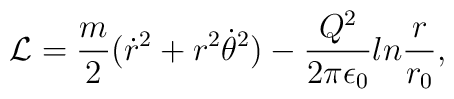
{\cal L}={m\over 2}(\dot r^2+r^2\dot\theta^2)-{{Q^2}\over{2\pi\epsilon_0}}ln{r\over{r_0}},